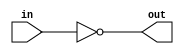
module NOT_Gate(input in,
				output out );

    assign out = ~in;
    
endmodule